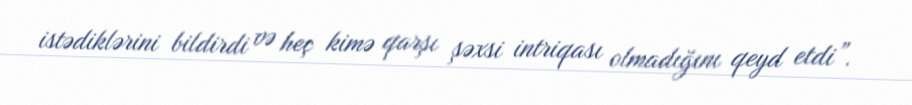
istədiklərini bildirdi və heç kimə qarşı şəxsi intriqası olmadığını qeyd etdi”.